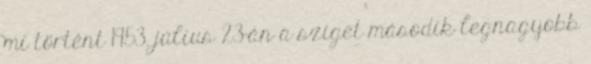
mi történt 1953. július 23-án a sziget második legnagyobb